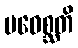
ပဝေစ္ဆတိ